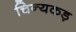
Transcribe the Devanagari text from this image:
चिन्यकड़